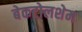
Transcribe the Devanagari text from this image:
बेकटोलशेम